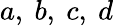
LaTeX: a,\ b,\ c,\ d